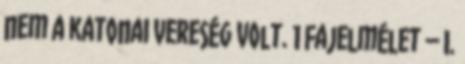
nem a katonai vereség volt. 1 Fajelmélet – I.